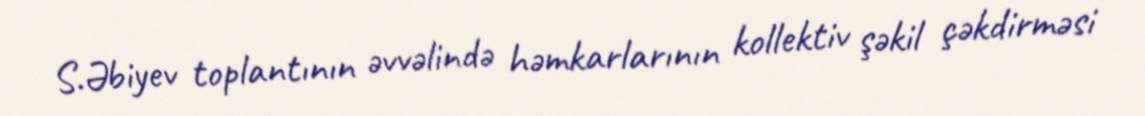
S.Əbiyev toplantının əvvəlində həmkarlarının kollektiv şəkil çəkdirməsi